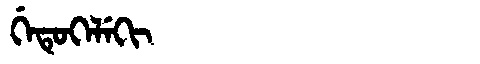
Manchu: ᡤᡝᡨᡠᡴᡝᠯᡝᡴᡳ
Romanization: GETUKELEKI